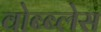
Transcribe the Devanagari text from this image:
वोब्ब्लेस